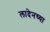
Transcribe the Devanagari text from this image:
लादेनच्या